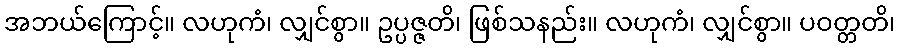
အဘယ်ကြောင့်။ လဟုကံ၊ လျှင်စွာ။ ဥပ္ပဇ္ဇတိ၊ ဖြစ်သနည်း။ လဟုကံ၊ လျှင်စွာ။ ပဝတ္တတိ၊